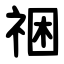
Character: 祵